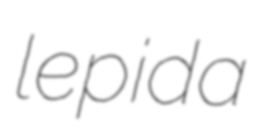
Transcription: lepida